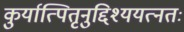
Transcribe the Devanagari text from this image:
कुर्यात्पितृनुद्दिश्ययत्नतः